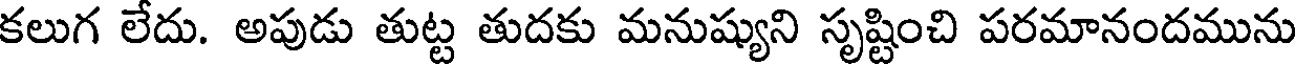
కలుగ లేదు. అపుడు తుట్ట తుదకు మనుష్యుని సృష్టించి పరమానందమును